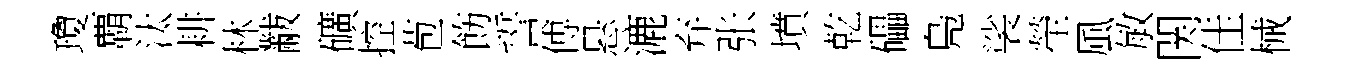
瓊覇汰耕林黻礦控苞飭誓傅悬漉弃张墳乾礧鳬裟塋風敏関佳械